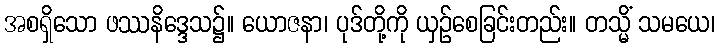
အစရှိသော ဖဿနိဒ္ဒေသ၌။ ယောဇနာ၊ ပုဒ်တို့ကို ယှဉ်စေခြင်းတည်း။ တသ္မိံ သမယေ၊